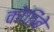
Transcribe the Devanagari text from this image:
कोठिंबे